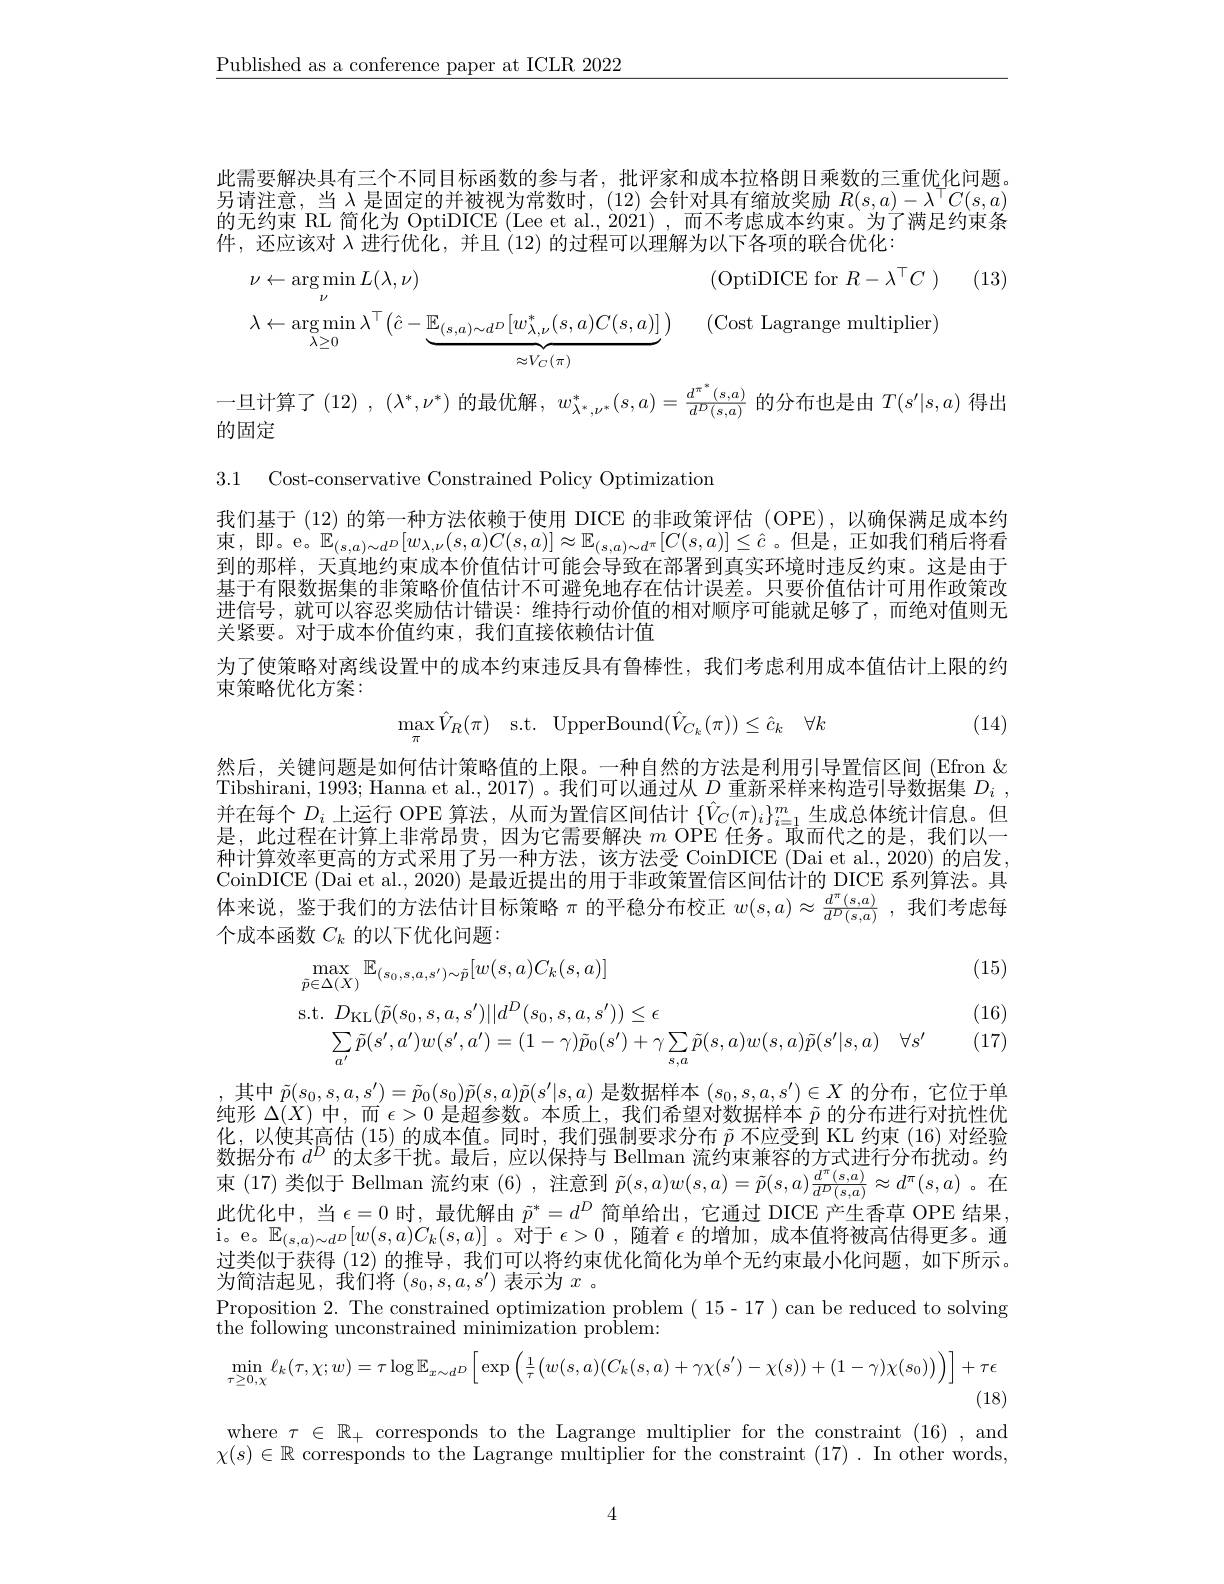
$\underline{\text{Published as a conference paper at ICLR 2022}}$

此需要解决具有三个不同目标函数的参与者，批评家和成本拉格朗日乘数的三重优化问题另请注意，当$\lambda$是固定的并被视为常数时，(12) 会针对具有缩放奖励$R(s,a)-\lambda^\top C(s,a)$ 的无约束 RL 简化为 OptiDICE (Lee et al., 2021) ,而不考虑成本约束。为了满足约束条件，还应该对$\lambda$进行优化，并且(12)的过程可以理解为以下各项的联合优化：
(13)
$$\begin{aligned}&\nu\leftarrow\arg\min_{\nu}L(\lambda,\nu)&&(\mathrm{OptiDICE~for~}R-\lambda^{\top}C\:)\\&\lambda\leftarrow\arg\min_{\lambda\geq0}\lambda^{\top}\left(\hat{c}-\underbrace{\mathbb{E}_{(s,a)\sim d^{D}}[w_{\lambda,\nu}^{*}(s,a)C(s,a)]}_{\approx V_{C}(\pi)}\right)&&(\mathrm{Cost~Lagrange~multiplier})\end{aligned}$$
一旦计算了(12) , $(\lambda^*,\nu^*)$的最优解$,w_\lambda^*,\nu^*(s,a)=\frac{d^{\pi^*}(s,a)}{d^D(s,a)}$的分布也是由$T(s^\prime|s,a)$得出
的固定
3.1 Cost-conservative Constrained Policy Optimizatior

我们基于 (12) 的第一种方法依赖于使用 DICE 的非政策评估 (OPE),以确保满足成本约束，即。e。$\mathbb{E}_{(s,a)\sim d^D}[w_{\lambda,\nu}(s,a)C(s,a)]\approx\mathbb{E}_{(s,a)\sim d^\pi}[C(s,a)]\leq\hat{c}$。但是，正如我们稍后将看到的那样，天真地约束成本价值估计可能会导致在部署到真实环境时违反约束。这是由于基于有限数据集的非策略价值估计不可避免地存在估计误差。只要价值估计可用作政策改进信号，就可以容忍奖励估计错误：维持行动价值的相对顺序可能就足够了，而绝对值则无关紧要。对于成本价值约束，我们直接依赖估计值
为了使策略对离线设置中的成本约束违反具有鲁棒性，我们考虑利用成本值估计上限的约
束策略优化方案：
$$\max_{\pi}\hat{V}_{R}(\pi)\quad\mathrm{s.t.}\quad\mathrm{UpperBound}(\hat{V}_{C_{k}}(\pi))\leq\hat{c}_{k}\quad\forall k$$
(14)

然后，关键问题是如何估计策略值的上限。一种自然的方法是利用引导置信区间(Efron $\&$ Tibshirani, 1993; Hanna et al., 2017) 。我们可以通过从$D$重新采样来构造引导数据集$D_i~$, 并在每个$D_i$上运行 OPE 算法，从而为置信区间估计$\{\hat{V}_C(\pi)_i\}_{i=1}^m$生成总体统计信息。但是，此过程在计算上非常昂贵，因为它需要解决$m$ OPE 任务。取而代之的是，我们以一种计算效率更高的方式采用了另一种方法，该方法受 CoinDICE (Dai et al., 2020) 的启发CoinDICE (Dai et al., 2020) 是最近提出的用于非政策置信区间估计的 DICE 系列算法。具体来说，鉴于我们的方法估计目标策略$\pi$ 的平稳分布校正 $w(s,a)\approx\frac{d^\pi(s,a)}{d^D(s,a)}$ ,我们考虑每个成本函数$C_k$的以下优化问题：

(15)
$$\begin{aligned}&\max_{\tilde{p}\in\Delta(X)}\mathbb{E}_{(s_{0},s,a,s^{\prime})\sim\tilde{p}}[w(s,a)C_{k}(s,a)]\\&\mathrm{s.t.}\quad D_{\mathrm{KL}}(\tilde{p}(s_{0},s,a,s^{\prime})||d^{D}(s_{0},s,a,s^{\prime}))\leq\epsilon\\&\sum_{a^{\prime}}\tilde{p}(s^{\prime},a^{\prime})w(s^{\prime},a^{\prime})=(1-\gamma)\tilde{p}_{0}(s^{\prime})+\gamma\sum_{s,a}\tilde{p}(s,a)w(s,a)\tilde{p}(s^{\prime}|s,a)\quad\forall s^{\prime}\end{aligned}$$
(16) (17)

其中$\tilde{p}(s_0,s,a,s^{\prime})=\tilde{p}_0(s_0)\tilde{p}(s,a)\tilde{p}(s^{\prime}|s,a)$是数据样本$(s_0,s,a,s^{\prime})\in X$的分布，它位于单纯形$\Delta(\dot{X})$中，而$\epsilon>0$是超参数。本质上，我们希望对数据样本$\tilde{p}$的分布进行对抗性优化，以使其高估(15)的成本值。同时，我们强制要求分布$\tilde{p}$不应受到 KL 约束 (16)对经验数据分布$d^D$的太多干扰。最后，应以保持与 Bellman 流约束兼容的方式进行分布扰动。约束(17)类似于 Bellman 流约束(6), 注意到$\tilde{p}(s,a)w(s,a)=\tilde{p}(s,a)\frac{d^\pi(s,a)}{d^D(s,a)}\approx d^\pi(s,a)$ 。在此优化中，当$\epsilon=0$时，最优解由$\tilde{p}^*=d^D$简单给出，它通过 DICE 产生香草 OPE 结果， $\mathrm{i。e。\mathbb{E}}_{(s,a)\sim d^D}[w(s,a)C_k(s,a)]$。对于$\epsilon>0$,随着$\epsilon$的增加，成本值将被高估得更多。通过类似于获得 (12) 的推导，我们可以将约束优化简化为单个无约束最小化问题，如下所示。为简洁起见，我们将$(s_0,s,a,s^{\prime})$表示为$x$ 。
$\begin{array}{c}\mathrm{Proposition~2.~The~constrained~optimization~problem~(~15-17~)~can~be~reduced~to~solving}\\\mathrm{Proposition~2.~The~constrained~optimization~problem~(~15-17~)~can~be~reduced~to~solving}\end{array}$
the following unconstrained minimization problem:
$$\operatorname*{min}_{\tau\geq0,\chi}\ell_{k}(\tau,\chi;w)=\tau\log\mathbb{E}_{x\sim d^{D}}\Big[\exp\Big(\frac{1}{\tau}\Big(w(s,a)(C_{k}(s,a)+\gamma\chi(s^{\prime})-\chi(s))+(1-\gamma)\chi(s_{0})\Big)\Big)\Big]+\tau\epsilon $$
(18)
where $\tau\in\mathbb{R}_+$ corresponds to the Lagrange multiplier for the constraint (16), and $\chi(s)\in\mathbb{R}$ corresponds to the Lagrange multiplier for the constraint (17). In other words,

4